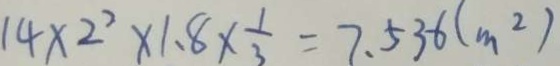
1 4 \times 2 ^ { 7 } \times 1 . 8 \times \frac { 1 } { 3 } = 7 . 5 3 6 ( m ^ { 2 } )